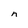
Character: n